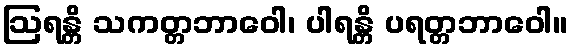
ဩရန္တိ သကတ္တဘာဝေါ၊ ပါရန္တိ ပရတ္တဘာဝေါ။